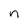
Character: n